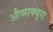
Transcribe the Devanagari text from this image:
औब्सक्युरा